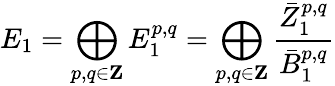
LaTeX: E_{1}=\bigoplus_{p,q\in\mathbf{Z}}E_{1}^{p,q}=\bigoplus_{p,q\in\mathbf{Z}}{\frac{{\bar{Z}}_{1}^{p,q}}{{\bar{B}}_{1}^{p,q}}}